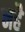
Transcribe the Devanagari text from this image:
नहै